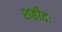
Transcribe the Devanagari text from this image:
शहीदः